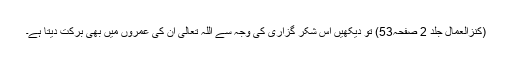
(کنزالعمال جلد 2 صفحہ53) تو دیکھیں اس شکر گزاری کی وجہ سے اللہ تعالیٰ ان کی عمروں میں بھی برکت دیتا ہے۔